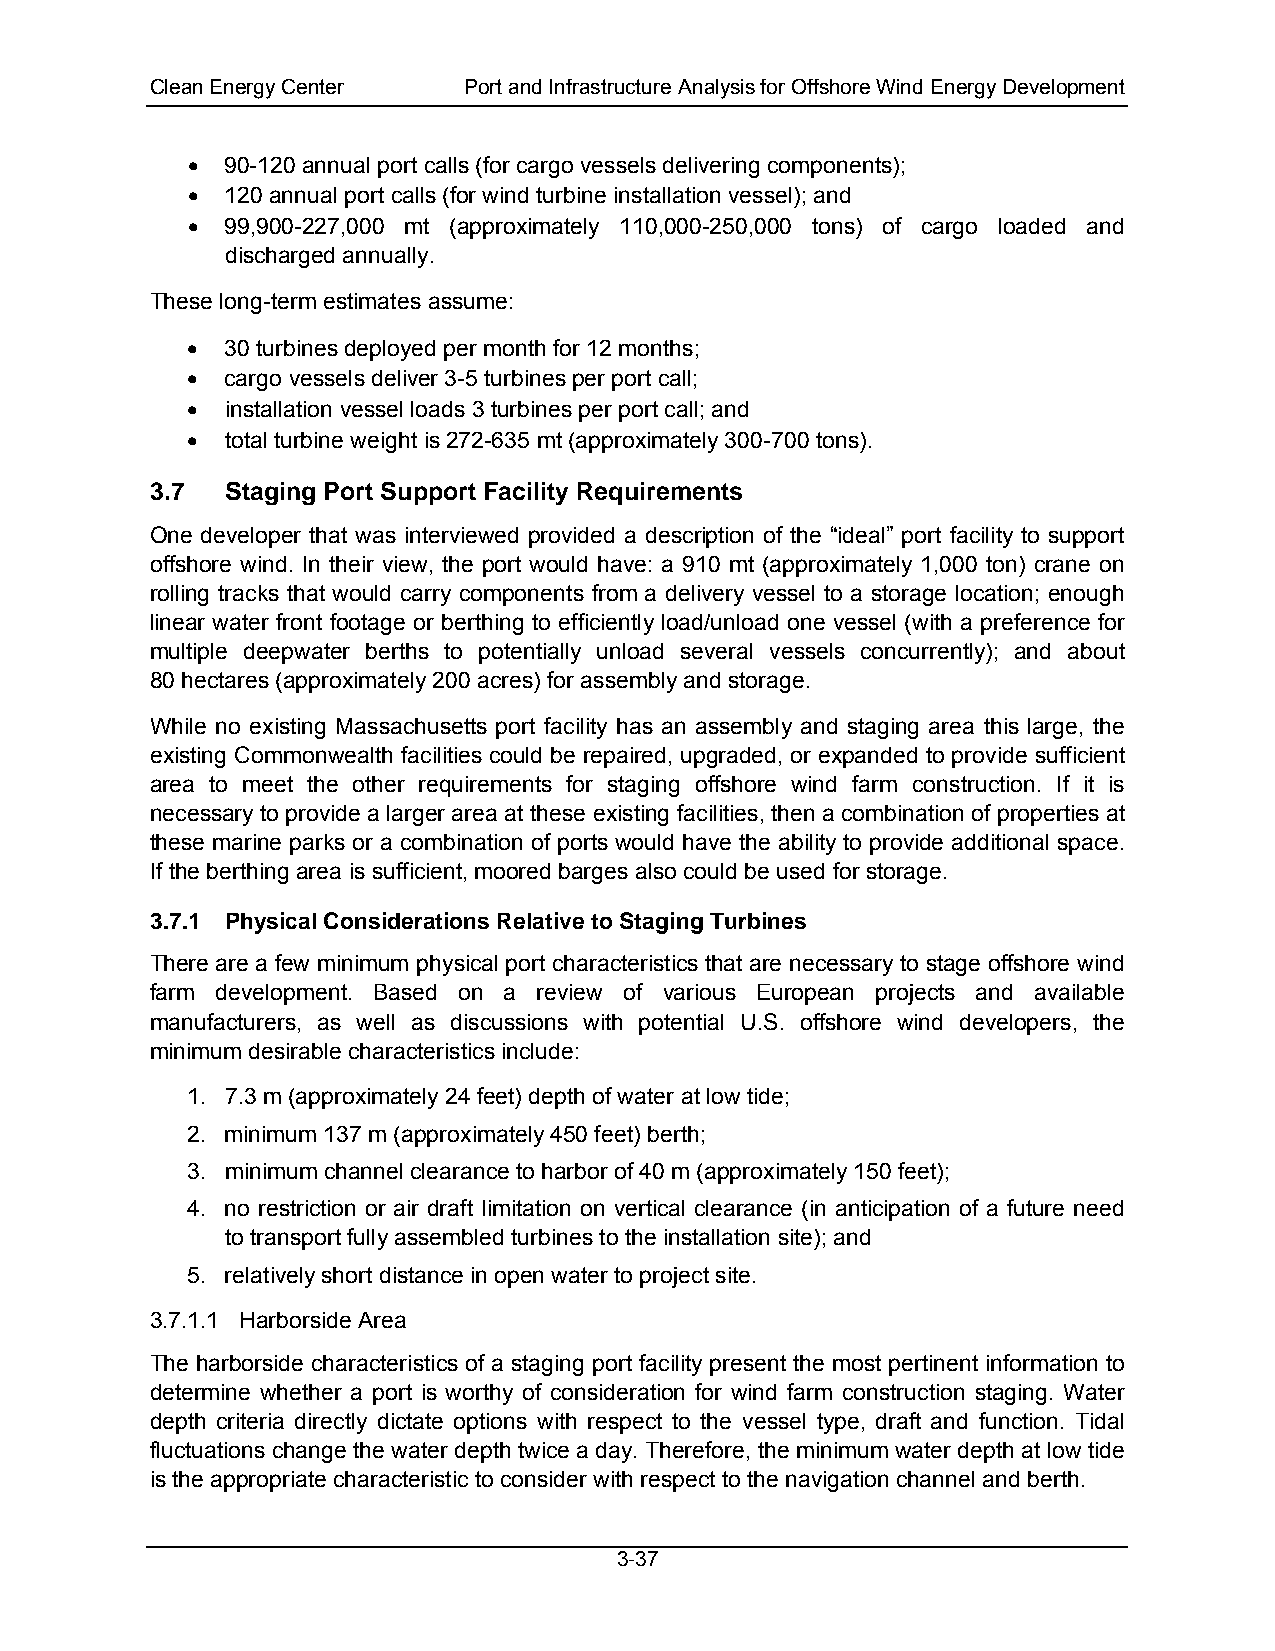
Clean Energy Center  Port and Infrastructure Analysis for Offshore Wind Energy Development
 •  90-120 annual port calls (for cargo vessels delivering components);
 •  120 annual port calls (for wind turbine installation vessel); and
 •  99,900-227,000 mt (approximately 110,000-250,000 tons) of cargo loaded and
 discharged annually.
 These long-term estimates assume:
 •  30 turbines deployed per month for 12 months;
 •  cargo vessels deliver 3-5 turbines per port call;
 •  installation vessel loads 3 turbines per port call; and
 •  total turbine weight is 272-635 mt (approximately 300-700 tons).
 3.7  Staging Port Support Facility Requirements
 One developer that was interviewed provided a description of the “ideal” port facility to support
 offshore wind. In their view, the port would have: a 910 mt (approximately 1,000 ton) crane on
 rolling tracks that would carry components from a delivery vessel to a storage location; enough
 linear water front footage or berthing to efficiently load/unload one vessel (with a preference for
 multiple deepwater berths to potentially unload several vessels concurrently); and about
 80 hectares (approximately 200 acres) for assembly and storage.
 While no existing Massachusetts port facility has an assembly and staging area this large, the
 existing Commonwealth facilities could be repaired, upgraded, or expanded to provide sufficient
 area to meet the other requirements for staging offshore wind farm construction. If it is
 necessary to provide a larger area at these existing facilities, then a combination of properties at
 these marine parks or a combination of ports would have the ability to provide additional space.
 If the berthing area is sufficient, moored barges also could be used for storage.
 3.7.1 Physical Considerations Relative to Staging Turbines
 There are a few minimum physical port characteristics that are necessary to stage offshore wind
 farm development. Based on a review of various European projects and available
 manufacturers, as well as discussions with potential U.S. offshore wind developers, the
 minimum desirable characteristics include:
 1. 7.3 m (approximately 24 feet) depth of water at low tide;
 2. minimum 137 m (approximately 450 feet) berth;
 3. minimum channel clearance to harbor of 40 m (approximately 150 feet);
 4. no restriction or air draft limitation on vertical clearance (in anticipation of a future need
 to transport fully assembled turbines to the installation site); and
 5. relatively short distance in open water to project site.
 3.7.1.1 Harborside Area
 The harborside characteristics of a staging port facility present the most pertinent information to
 determine whether a port is worthy of consideration for wind farm construction staging. Water
 depth criteria directly dictate options with respect to the vessel type, draft and function. Tidal
 fluctuations change the water depth twice a day. Therefore, the minimum water depth at low tide
 is the appropriate characteristic to consider with respect to the navigation channel and berth.
 3-37